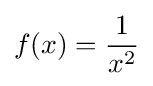
f(x)={\frac {1}{x^{2}}}